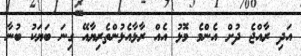
އަދި ރާއްޖެ ދުށް އެންމެ މޮޅު އެއް ރާޅާއެޅުންތެރިޔާއޭ ގިނަ ބަޔަކު ބުނާ